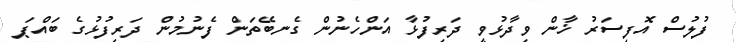
ފުލުސް އޮފިސަރު ޚާން ވިދާޅުވީ ދަރިފުޅާ އަންހެނުން ގެނބޭތަން ފެނުމުން ދަރިފުޅުގެ ބައްޕަ